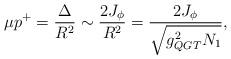
LaTeX: \begin{align*}\mu p^+ = \frac{\Delta}{R^2} \sim \frac{2 J_\phi}{R^2} = \frac{2 J_\phi}{\sqrt{g^2_{QGT} N_1}},\end{align*}